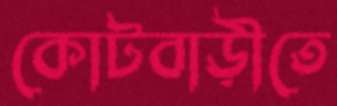
কোটবাড়ীতে